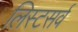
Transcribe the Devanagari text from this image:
लिस्टसर्व